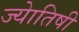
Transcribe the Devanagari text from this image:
ज्‍येातिषी